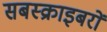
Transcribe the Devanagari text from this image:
सबस्क्राइबरों